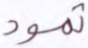
ثمود